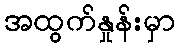
အထွက်နှုန်းမှာ